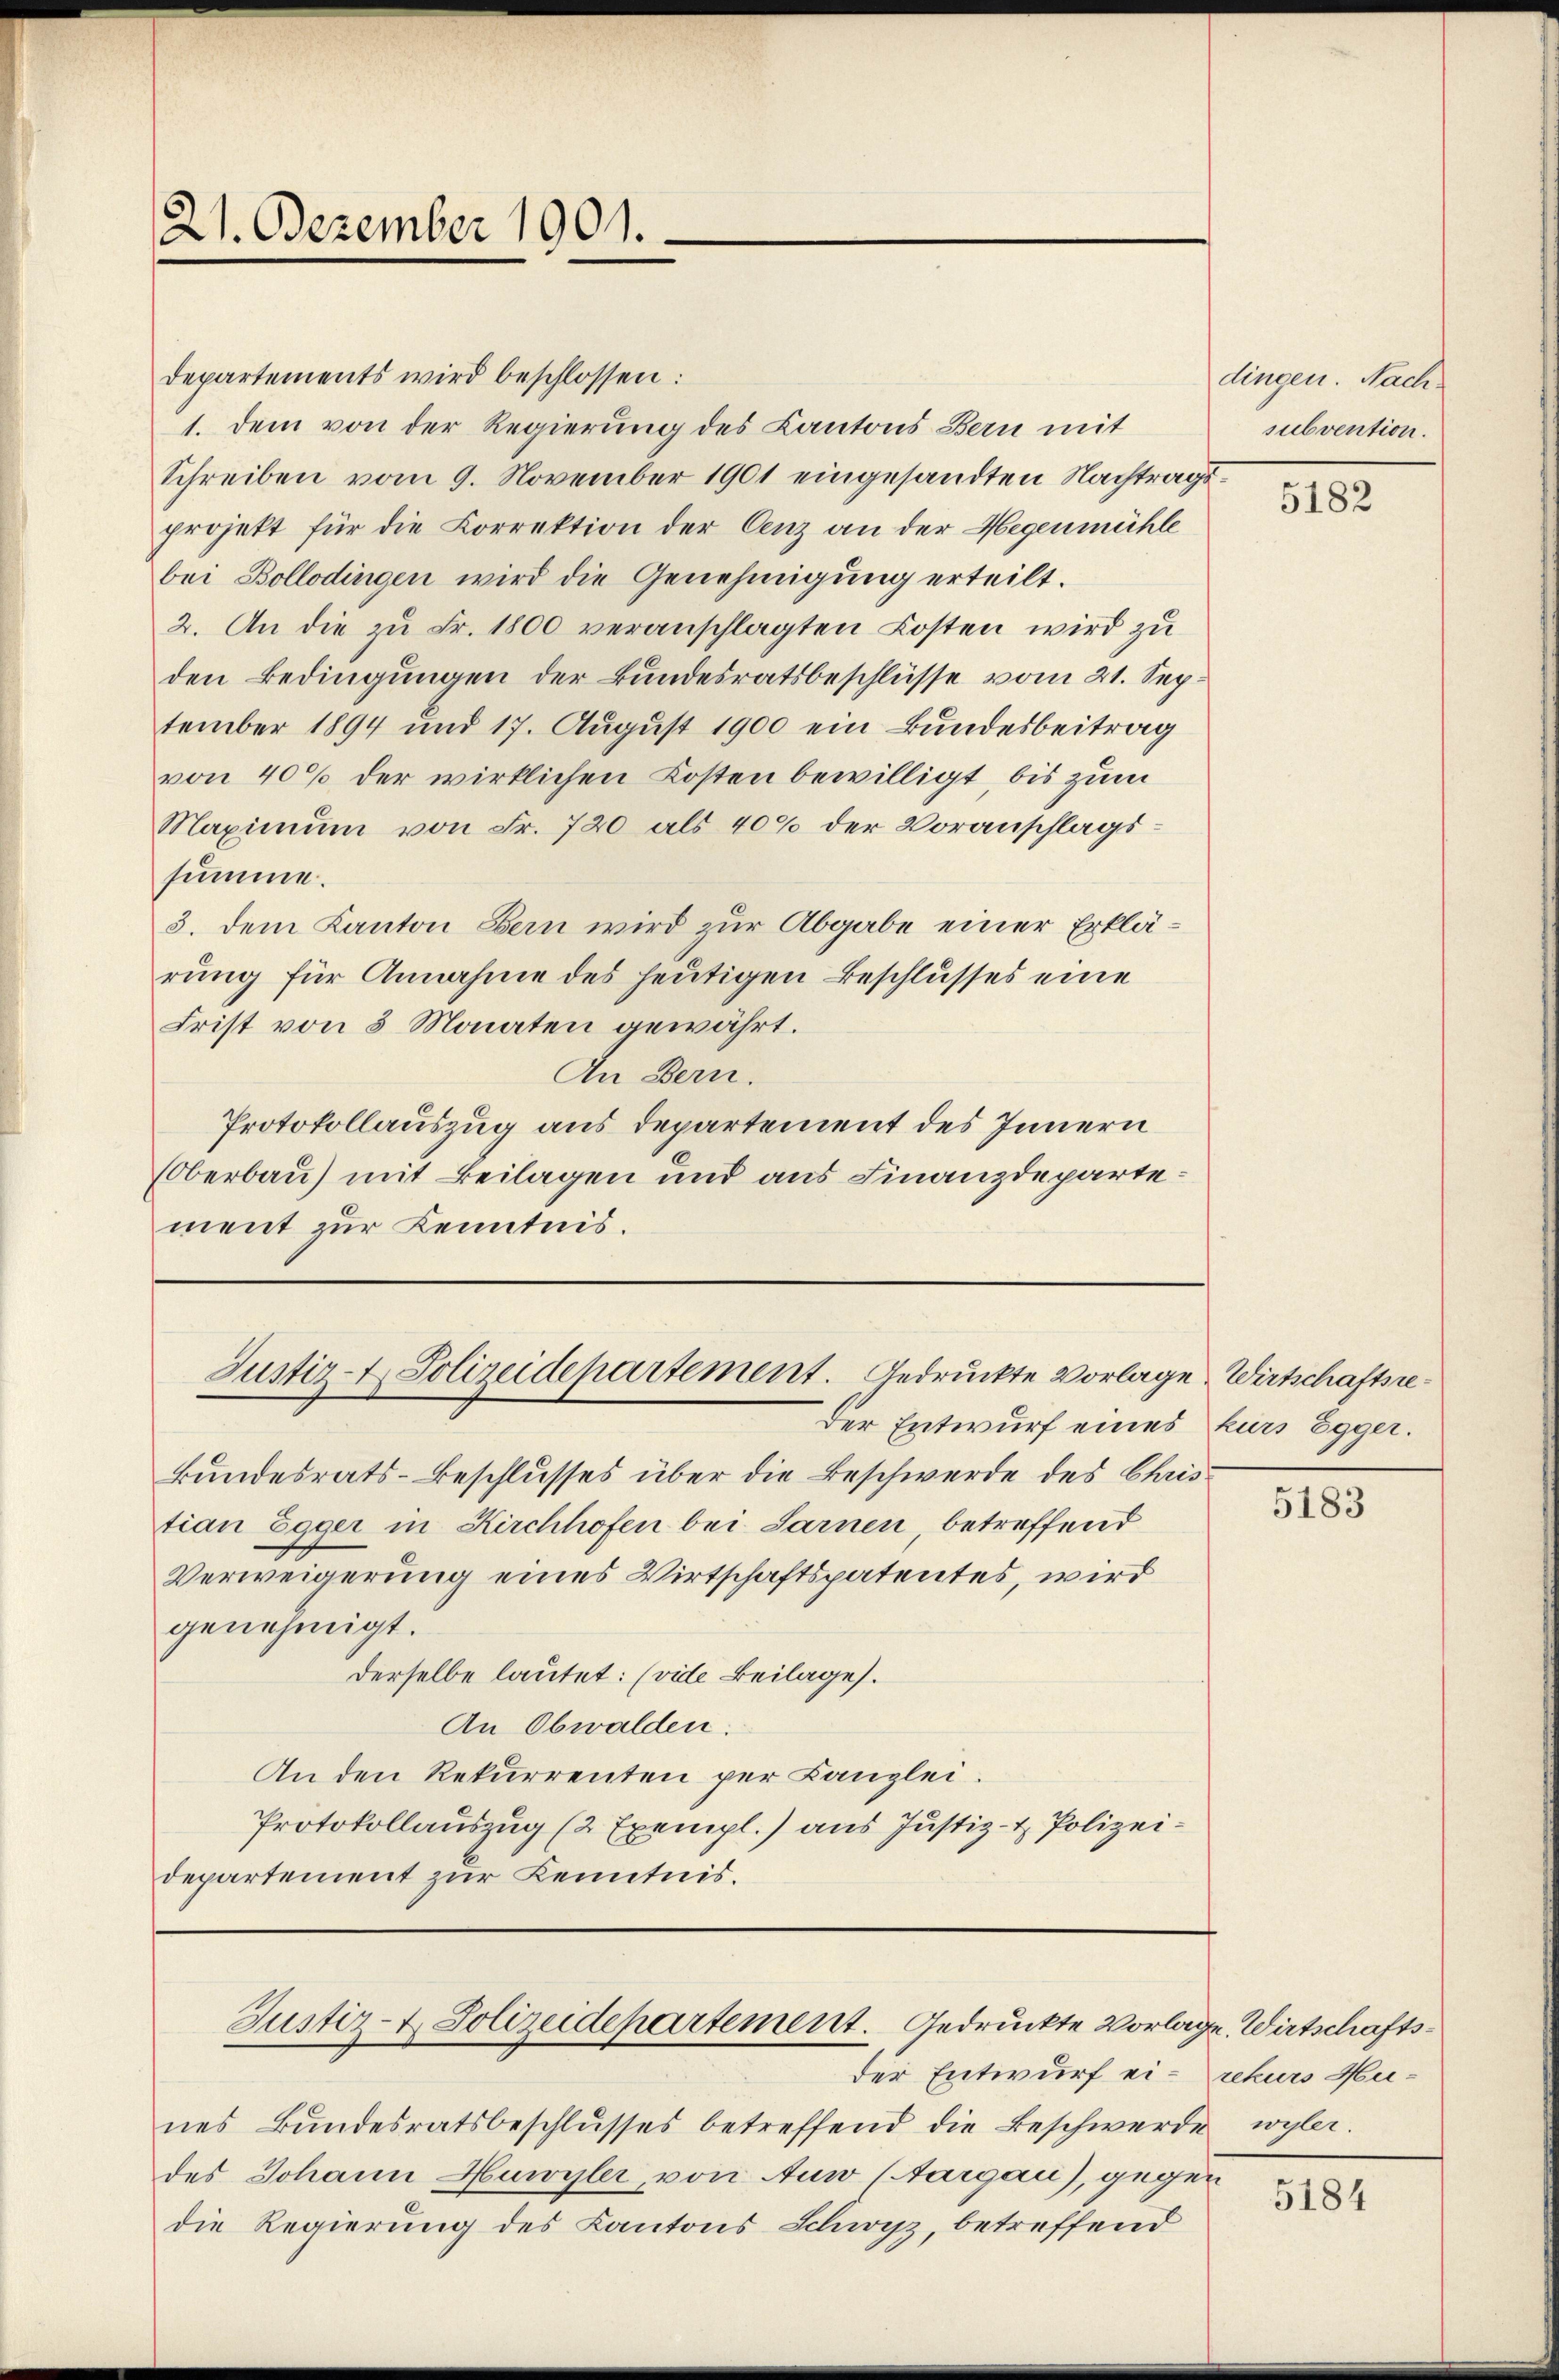
21. Dezember 1901.

Departements wird beschlossen:
1. dem von der Regierung des Kantons Bern mit
Schreiben vom 9. November 1901 eingesandten Nachtragsprojekt für die Korrektion der Cenz an der Hegenmühle
bei Bollodingen wird die Genehmigung erteilt.
2. An die zu Fr. 1800 veranschlagten Kosten wird zu
den Bedingungen der Bundesratsbeschlüsse vom 21. September 1894 und 17. August 1900 ein Bundesbeitrag
von 40% der wirklichen Kosten bewilligt, bis zum
Maximum von Fr. 720 als 40% der Voranschlagssumme.
3. dem Kanton Bern wird zur Abgabe einer Erklärung für Annahme des heutigen Beschlusses eine
Frist von 3 Monaten gewährt.
An Bern.
Protokollauszug aus departement des Innern
(Oberbau) mit Beilagen und aus Finanzdepartement zur Kenntnis.

Justiz- & Polizeidepartement. Gedruckte Vorlage Wirtschaftsre¬

Justiz- & Polizeidepartement. Gedruckte Vorlage. Wirtschaftsder Entwurf ei- rekurs Hu¬

Der Entwurf eines kurs Egger.
Bundesrats-Beschlusses über die Beschwerde des Christian Egger in Kirchhofen bei Sarnen, betreffend
Verweigerung eines Wirtschaftspatentes, wird
genehmigt.
derselbe lautet: (vide Beilage).
An Obwalden.
An den Rekurrenten per Canzlei.
Protokollauszug (2 Exempl.) aus Justiz- & Polizeidepartement zur Kenntnis.

dingen. Nachsubvention.

nes Bŭndesratsbeschlŭsses betreffend die Beschwerde wyler.
des Johann Huwyler, von Auw (Aargau), gegen
die Regierung des Kantons Schwyz, betreffend

5182

5183

5184